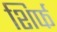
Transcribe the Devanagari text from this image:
शिर्फ